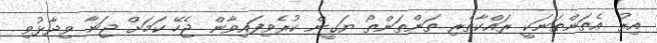
އިރު އެތަންތަނަކީ ރައްކާތެރި ތަންތަންތޯ ޔަގީން ކުރެވިފައިވާން ޖެހޭ ކަމަށް ޖަނާ ވިދާޅުވި